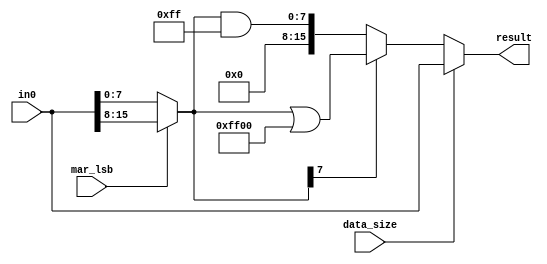
`timescale 1ns / 1ps
//////////////////////////////////////////////////////////////////////////////////
// Company: 
// Engineer: 
// 
// Design Name: 
// Module Name: mdr_out_logic
// Project Name: 
// Target Devices: 
// Tool Versions: 
// Description: 
// 
// Dependencies: 
// 
// Revision:
// Revision 0.01 - File Created
// Additional Comments:
// 
//////////////////////////////////////////////////////////////////////////////////


module mdr_out_logic(
    input [15:0] in0,
    input data_size,
    input mar_lsb,
    output [15:0] result
    );
    
    wire [7:0] byte_out;
    wire [15:0] sext_byte_out;
    
    assign byte_out = mar_lsb ? (in0[15:8]) : (in0[7:0]);
    
    assign sext_byte_out = byte_out[7] ? (byte_out | 'hFF00) : (byte_out & 'h00FF);
    
    assign result = data_size ? (in0) : (sext_byte_out);
    
//    always @(*) begin
    
//    // Value of MAR is being put onto bus
    
//    // select which byte
//    if (mar_lsb == 'b1) byte_out = in[15:8];
//    else byte_out = in[7:0];
    
//    // sign extend this byte
//    if (byte_out[7] == 'b1) sext_byte_out = byte_out | 'hFF00;
//    else sext_byte_out = byte_out & 'h00FF;
    
//    // select either this sign extended byte or the full word
//    if (data_size == 'b1) assign result = in;
//    else assign result = sext_byte_out ;
    
    

    
////    // loads
    
////    // mux selecting if its [7:0] or [15:8] based on MAR[0]
////    // byte is sign extended to 16 bits
////    // second mux selects either sign extended bit or the word in MDR
    
////        if (mar_lsb == 'b1) assign byte_out = in[15:8];
////        else assign byte_out = in[7:0];
        
////        if (data_size == 'b1) result = in;  // selected a word
////        else begin
////            // sign extend
            
            
////        end
        
////        if (data_size == 'b1) result = in;
////        else begin
////            if (mar_lsb == 'b1) result = (in & 'hFF00) >> 8;    // 15 through 8
////            else result = in & 'h00FF;  // 7 through 0
////        end
    
    
//    end
    
    
    
endmodule